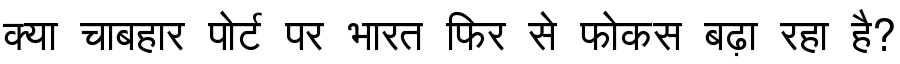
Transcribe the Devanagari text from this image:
क्या चाबहार पोर्ट पर भारत फिर से फोकस बढ़ा रहा है?